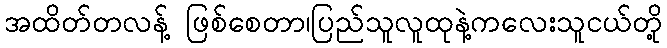
အထိတ်တလန့် ဖြစ်စေတာ၊ပြည်သူလူထုနဲ့ကလေးသူငယ်တို့